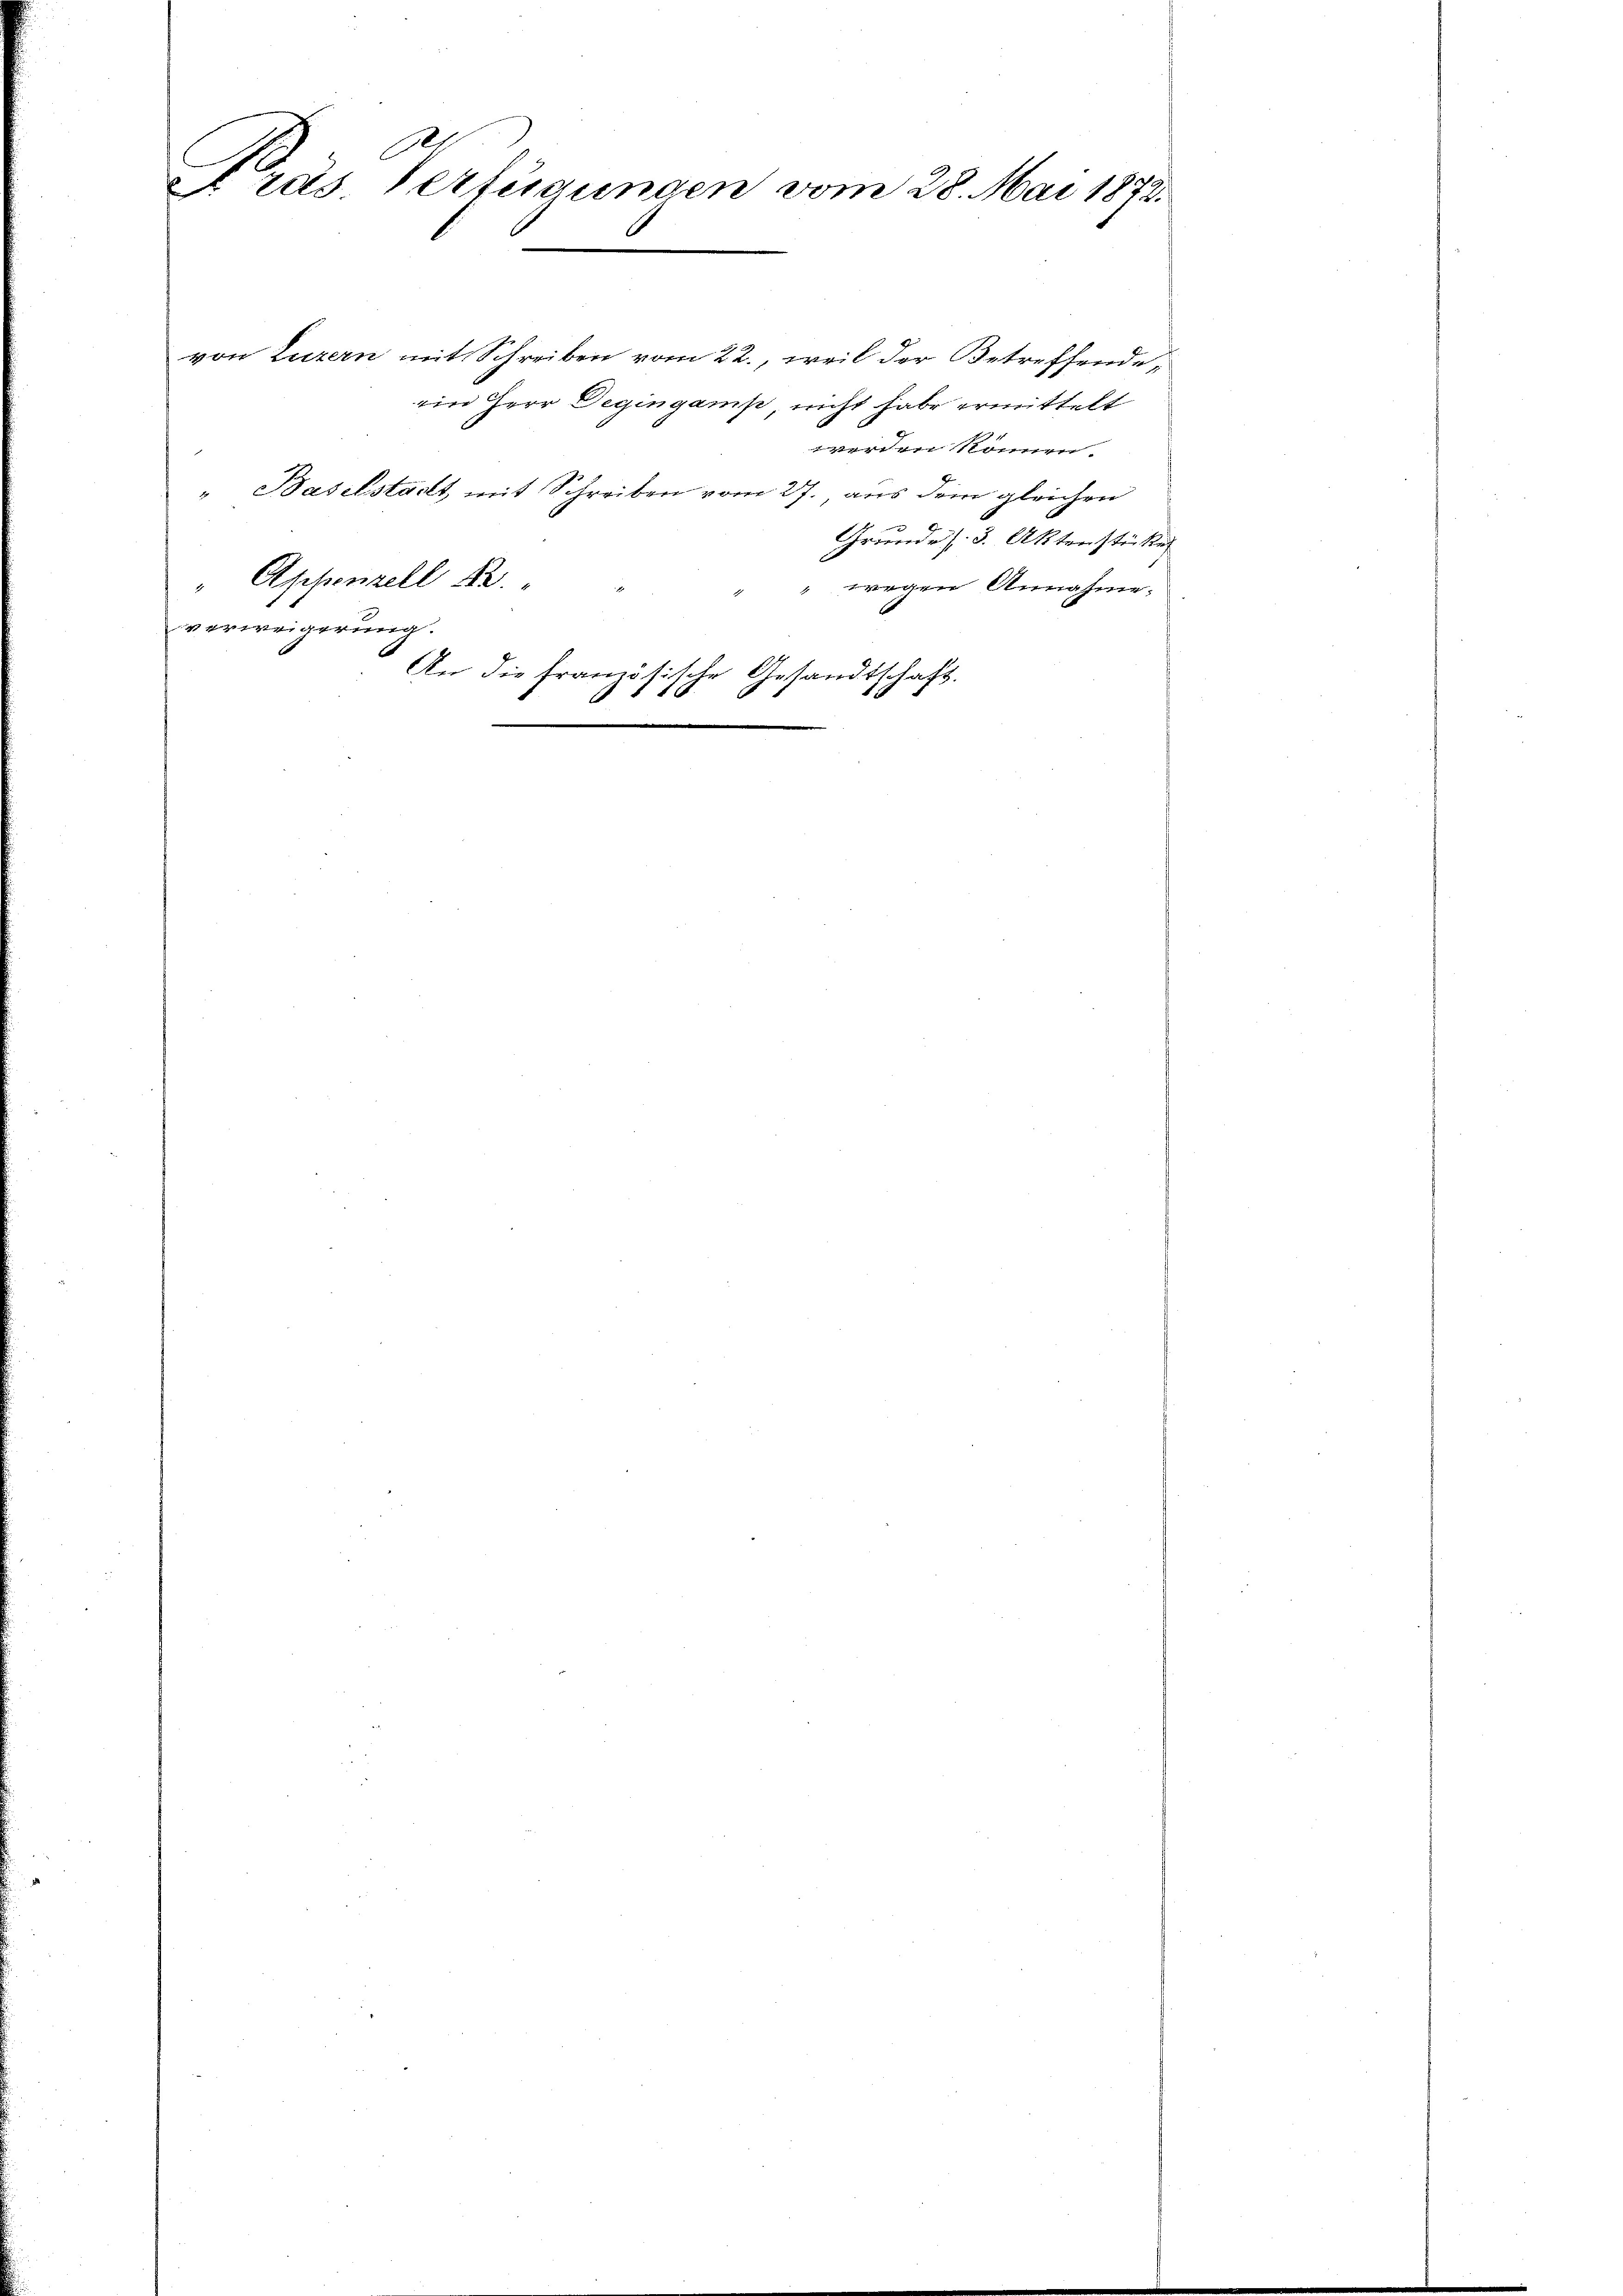
C
Ge
 räs. Verfügungen vom 28. Mai 1873.

von Luzern mit Schreiben vom 22., weil der Betreffende,
ein Herr Degingams, nicht habe ermittelt
werden können.
" Baselstadt mit Schreiben vom 27., aus dem gleichen
Grundes. 3. Aktenstücke
Appenzell A.
wegen Annahme.
verweigerung.
An die Französis
Gesandtschaft.
Ehe